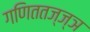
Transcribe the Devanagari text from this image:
गणिततज्ज्ञ